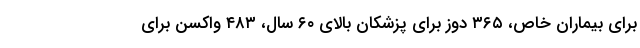
برای بیماران خاص، ۳۶۵ دوز برای پزشکان بالای ۶۰ سال، ۴۸۳ واکسن برای